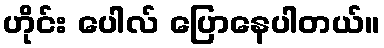
ဟိုင်း ပေါလ် ပြောနေပါတယ်။